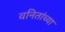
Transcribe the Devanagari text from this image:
वनितांच्या